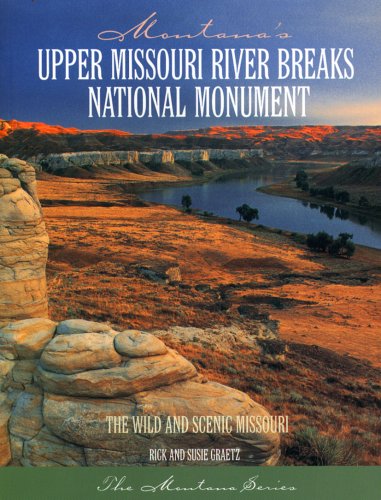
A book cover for Montana's Upper Missouri River Breaks National Monument; Rick Graetz; Travel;